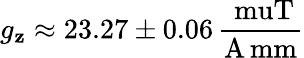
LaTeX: g_{\mathbf{z}}\approx23.27\pm0.06\, \frac{{\mathrm{{\ muT}}}}{{{\mathrm{{A\, mm}}}}}